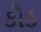
કૌક